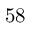
5 8